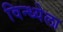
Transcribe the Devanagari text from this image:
विन्ध्येला